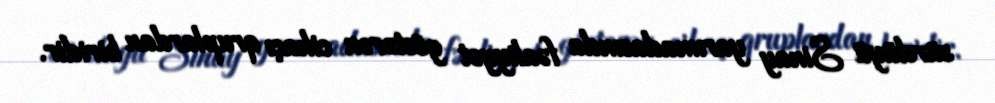
sürdüyü Sinay yarımadasında fəaliyyət göstərən cihaçı qruplardan biridir.